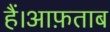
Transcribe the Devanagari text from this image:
हैं।आफ़ताब